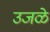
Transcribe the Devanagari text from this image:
उजळे